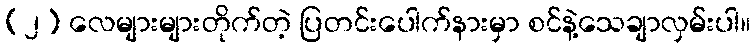
(၂) လေများများတိုက်တဲ့ ပြတင်းပေါက်နားမှာ စင်နဲ့သေချာလှမ်းပါ။